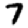
Digit: 7